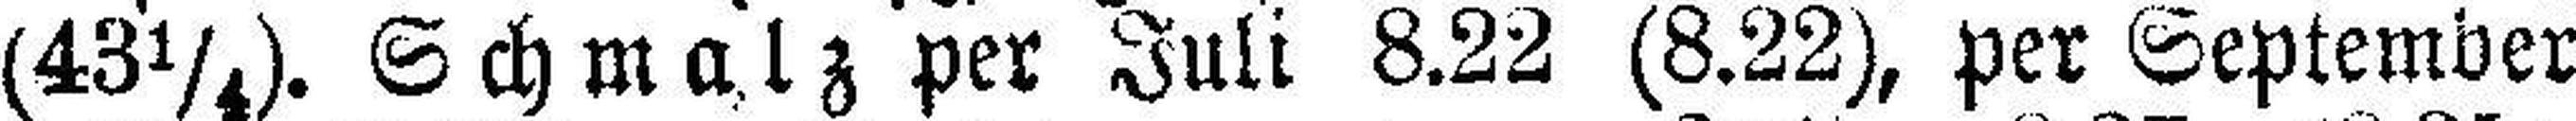
(43¼). Schmalz per Juli 8.22 (8.22), per September